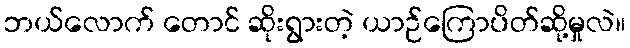
ဘယ်လောက် တောင် ဆိုးရွားတဲ့ ယာဉ်ကြောပိတ်ဆို့မှုလဲ။